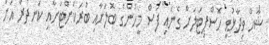
ޝާހް ވިދާޅުވީ ހޮސްޕިޓަލަށް ގެނައި ފަސް މީހުންގެ ބޮލަށާއި ބުރަކަށްޓަށާއި ކަނދުރާ އަށް